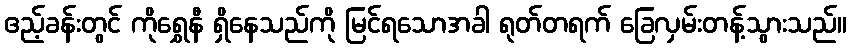
ဧည့်ခန်းတွင် ကိုရွှေနီ ရှိနေသည်ကို မြင်ရသောအခါ ရုတ်တရက် ခြေလှမ်းတန့်သွားသည်။